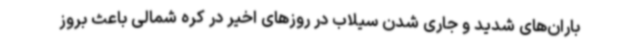
باران‌های شدید و جاری شدن سیلاب در روزهای اخیر در کره شمالی باعث بروز